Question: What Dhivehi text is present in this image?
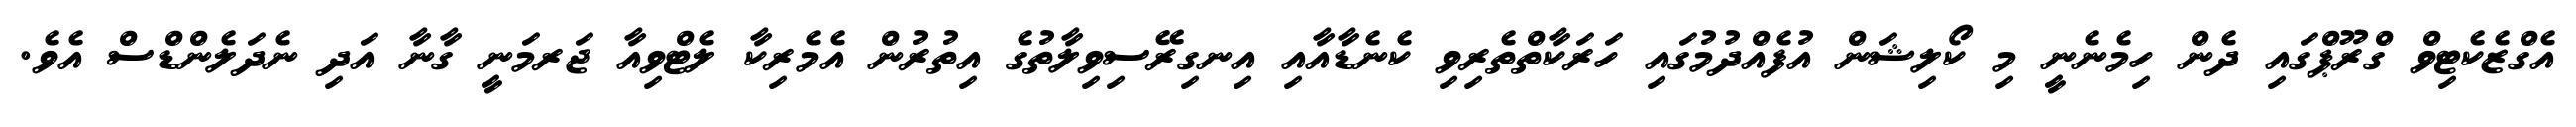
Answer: އެގްޒެކެޓިވް ގްރޫޕްގައި ދެން ހިމެނެނީ މި ކޯލިޝަން އުފެއްދުމުގައި ހަރަކާތްތެރިވި ކެނެޑާއާއި އިނގިރޭސިވިލާތުގެ އިތުރުން އެމެރިކާ ލެޓްވިއާ ޖަރމަނީ ގާނާ އަދި ނެދަލެންޑްސް އެވެ.